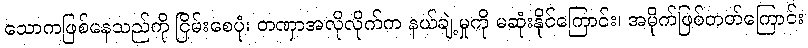
သောကဖြစ်နေသည်ကို ငြိမ်းစေပုံ၊ တဏှာအလိုလိုက်က နယ်ချဲ့မှုကို မဆုံးနိုင်ကြောင်း၊ အမိုက်ဖြစ်တတ်ကြောင်း